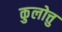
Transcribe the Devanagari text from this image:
कुलोत्तु